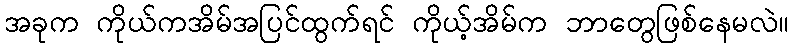
အခုက ကိုယ်ကအိမ်အပြင်ထွက်ရင် ကိုယ့်အိမ်က ဘာတွေဖြစ်နေမလဲ။